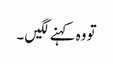
تو وہ کہنے لگیں ۔